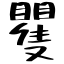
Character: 矍